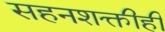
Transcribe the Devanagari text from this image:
सहनशक्तीही